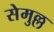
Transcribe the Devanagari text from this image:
सेमुल्ल